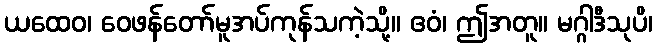
ယထေဝ၊ ဝေဖန်တော်မူအပ်ကုန်သကဲ့သို့။ ဧဝံ၊ ဤအတူ။ မဂ္ဂါဒီသုပိ၊